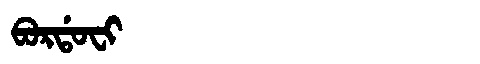
Manchu: ᠪᠣᡵᡩᠣᠸᡳ
Romanization: BORDOFI